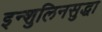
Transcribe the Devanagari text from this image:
इन्शुलिनसुद्धा